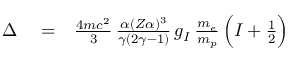
\begin{array} { r l r } { \Delta } & { { } = } & { \frac { 4 m c ^ { 2 } } { 3 } \, \frac { \alpha ( Z \alpha ) ^ { 3 } } { \gamma ( 2 \gamma - 1 ) } \, g _ { I } \, \frac { m _ { e } } { m _ { p } } \, \Big ( I + \frac { 1 } { 2 } \Big ) } \end{array}